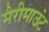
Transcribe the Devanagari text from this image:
मैरीमाउंट